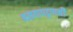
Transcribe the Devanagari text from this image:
बसवापट्टणची